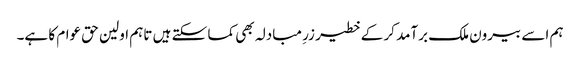
ہم اسے بیرون ملک برآمد کر کے خطیر زرِ مبادلہ بھی کما سکتے ہیں تاہم اولین حق عوام کا ہے۔